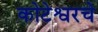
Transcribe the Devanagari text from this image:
कोटेश्वरचे